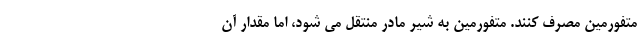
متفورمین مصرف کنند. متفورمین به شیر مادر منتقل می شود، اما مقدار آن